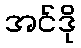
အင်ဒို